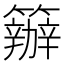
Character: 𥷁